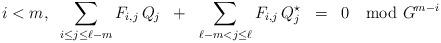
LaTeX: \begin{align*} i < m, \;\; \sum_{i\le j\le \ell -m} F_{i,j}\, Q_j \;\;+\;\; \sum_{\ell - m < j \le\ell} F_{i,j}\, Q^{\star}_j\;\;=\;\; 0 \mod G^{m-i}\end{align*}